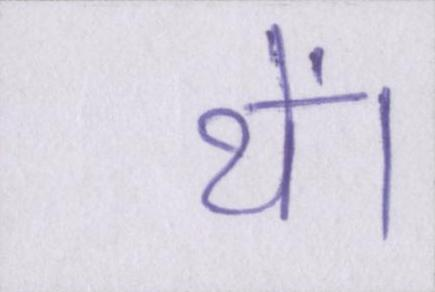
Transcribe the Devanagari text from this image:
थें।